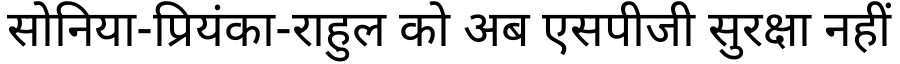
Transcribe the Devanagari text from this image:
सोनिया-प्रियंका-राहुल को अब एसपीजी सुरक्षा नहीं